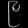
Digit: ၉